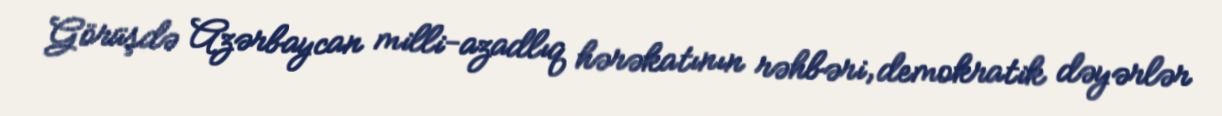
Görüşdə Azərbaycan milli-azadlıq hərəkatının rəhbəri, demokratik dəyərlər